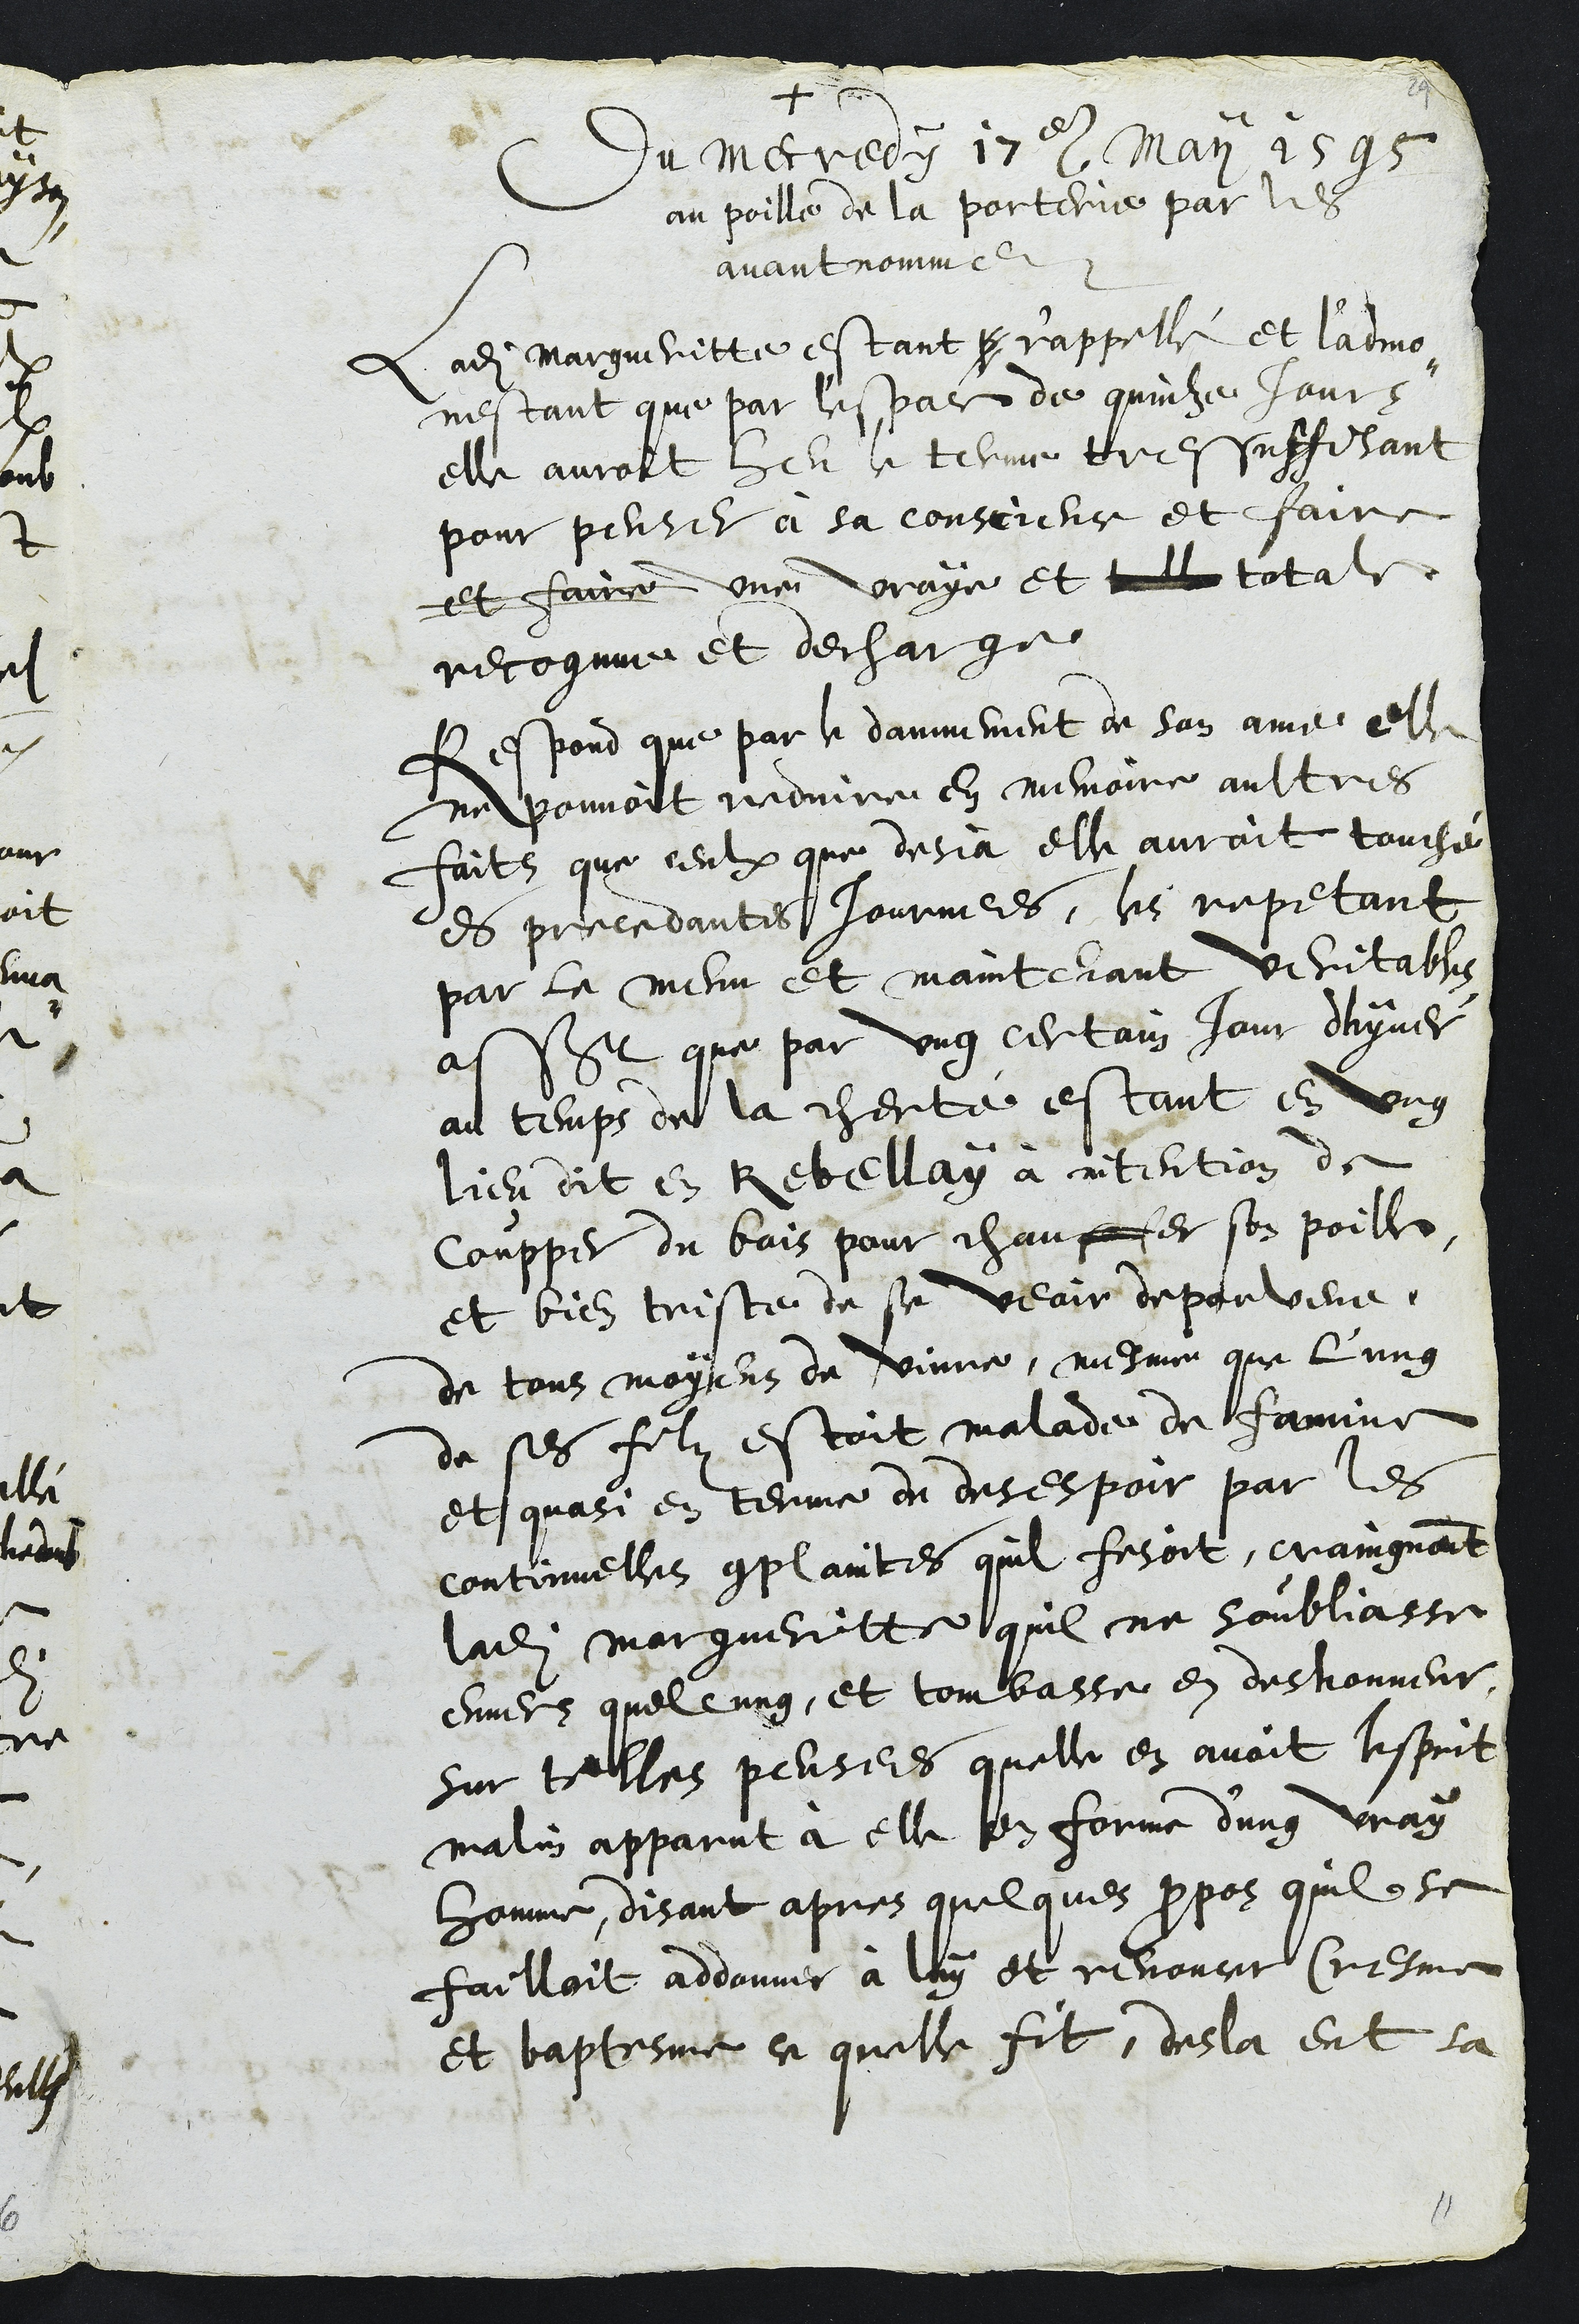
+
Du mecredy 17e May 1595
au poille de la porterie par les
avant nommes
Ladite Margueritte estant p rappellé et l'admon-
nestant que par l'espace de quinze jours
elle auroit heu terme tressuffisant
pour penser à sa conscience et faire
et faire une vraye et telle totale
recognue et decharge
Respond que par la damnement de son ame elle
ne pouvoit reduire en memoire aultres
faits que ceulx que desja elle auroit touché
es precedantes journees, les repetant
par le menu et maintenant veritables
assavoir que par ung certain jour dhyver
au temps de la cherté estant en ung
lieu dit en Rebellay a intention de
coupper du bois pour chauffer son poille,
et bien triste de se veoir depourveue
de tous moyens de vivre, mesme que l'ung
de ses filz estoit malade de famine
et quasi en terme de desespoir par les
continuelles complaintes quil fesoit, craingnant
ladite Margueritte, quil ne s'oubliasse
envers quelcung, et tombasse en deshonneur,
Sur telles pensees quelle en avoit lesprit
malin apparut à elle en forme d'ung vray
homme, disant apres quelques propos quil se
failloit addonner à luy et renoncer Cresme
et baptesme ce quelle fit, desla eut sa